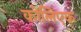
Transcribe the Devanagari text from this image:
कोलिएक